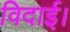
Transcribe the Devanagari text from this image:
विदाई।